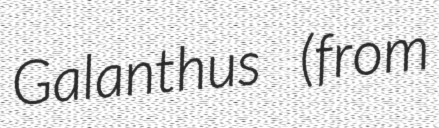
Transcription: Galanthus (from